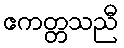
ဧကတ္တသညီ